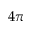
4 \pi